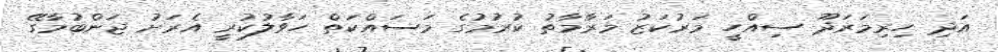
އަދި ހިރިމަރަދޫ ސިއްހީ މަރުކަޒު މަރާމާތު ކުރުމުގެ މަސައްކަތް ހަވާލުކުރީ އެރަށު ޖަންބުމާގޭ